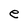
Character: e